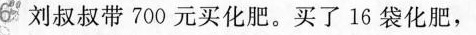
6.刘叔叔带700元买化肥。买了16袋化肥，